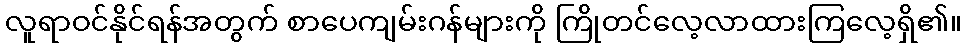
လူရာဝင်နိုင်ရန်အတွက် စာပေကျမ်းဂန်များကို ကြိုတင်လေ့လာထားကြလေ့ရှိ၏။